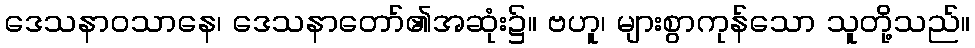
ဒေသနာဝသာနေ၊ ဒေသနာတော်၏အဆုံး၌။ ဗဟူ၊ များစွာကုန်သော သူတို့သည်။